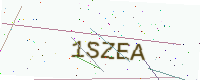
Text: 1SZEA